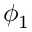
\phi _ { 1 }